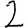
Digit: 2